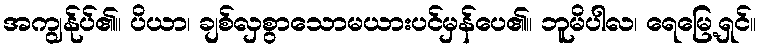
အကျွန်ုပ်၏။ ပိယာ၊ ချစ်လှစွာသောမယားပင်မှန်ပေ၏။ ဘူမိပါလ၊ ရေမြေ့ရှင်။